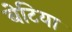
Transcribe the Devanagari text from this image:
बेटिया